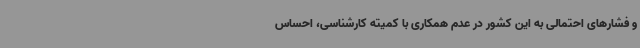
و فشارهای احتمالی به این کشور در عدم همکاری با کمیته کارشناسی، احساس